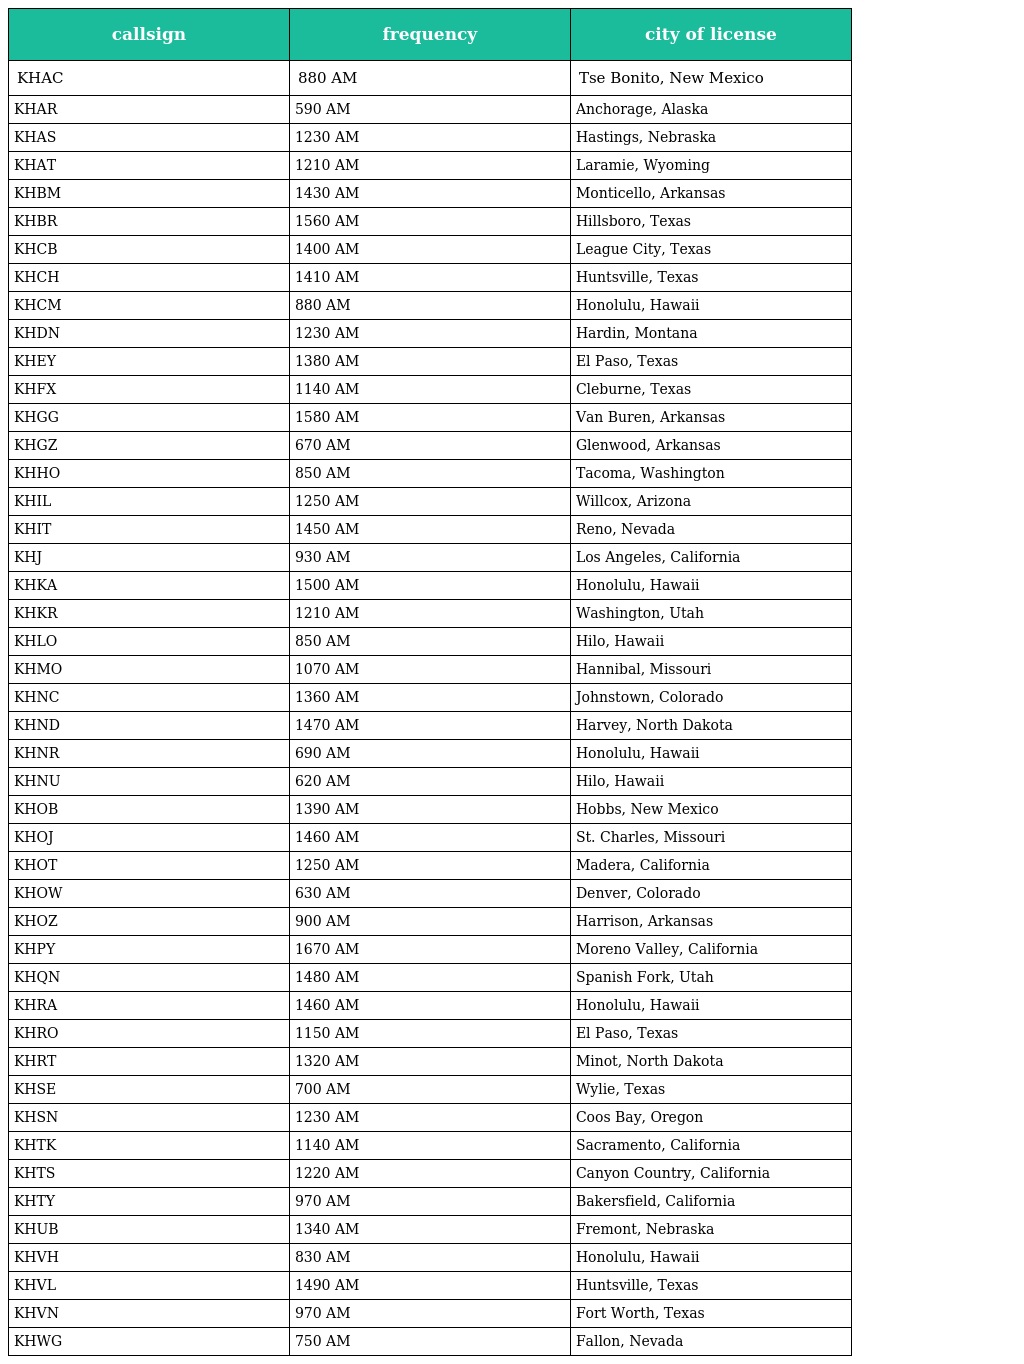
| callsign | frequency | city of license |
 | --- | --- | --- |
 | KHAC | 880 AM | Tse Bonito, New Mexico |
 | KHAR | 590 AM | Anchorage, Alaska |
 | KHAS | 1230 AM | Hastings, Nebraska |
 | KHAT | 1210 AM | Laramie, Wyoming |
 | KHBM | 1430 AM | Monticello, Arkansas |
 | KHBR | 1560 AM | Hillsboro, Texas |
 | KHCB | 1400 AM | League City, Texas |
 | KHCH | 1410 AM | Huntsville, Texas |
 | KHCM | 880 AM | Honolulu, Hawaii |
 | KHDN | 1230 AM | Hardin, Montana |
 | KHEY | 1380 AM | El Paso, Texas |
 | KHFX | 1140 AM | Cleburne, Texas |
 | KHGG | 1580 AM | Van Buren, Arkansas |
 | KHGZ | 670 AM | Glenwood, Arkansas |
 | KHHO | 850 AM | Tacoma, Washington |
 | KHIL | 1250 AM | Willcox, Arizona |
 | KHIT | 1450 AM | Reno, Nevada |
 | KHJ | 930 AM | Los Angeles, California |
 | KHKA | 1500 AM | Honolulu, Hawaii |
 | KHKR | 1210 AM | Washington, Utah |
 | KHLO | 850 AM | Hilo, Hawaii |
 | KHMO | 1070 AM | Hannibal, Missouri |
 | KHNC | 1360 AM | Johnstown, Colorado |
 | KHND | 1470 AM | Harvey, North Dakota |
 | KHNR | 690 AM | Honolulu, Hawaii |
 | KHNU | 620 AM | Hilo, Hawaii |
 | KHOB | 1390 AM | Hobbs, New Mexico |
 | KHOJ | 1460 AM | St. Charles, Missouri |
 | KHOT | 1250 AM | Madera, California |
 | KHOW | 630 AM | Denver, Colorado |
 | KHOZ | 900 AM | Harrison, Arkansas |
 | KHPY | 1670 AM | Moreno Valley, California |
 | KHQN | 1480 AM | Spanish Fork, Utah |
 | KHRA | 1460 AM | Honolulu, Hawaii |
 | KHRO | 1150 AM | El Paso, Texas |
 | KHRT | 1320 AM | Minot, North Dakota |
 | KHSE | 700 AM | Wylie, Texas |
 | KHSN | 1230 AM | Coos Bay, Oregon |
 | KHTK | 1140 AM | Sacramento, California |
 | KHTS | 1220 AM | Canyon Country, California |
 | KHTY | 970 AM | Bakersfield, California |
 | KHUB | 1340 AM | Fremont, Nebraska |
 | KHVH | 830 AM | Honolulu, Hawaii |
 | KHVL | 1490 AM | Huntsville, Texas |
 | KHVN | 970 AM | Fort Worth, Texas |
 | KHWG | 750 AM | Fallon, Nevada |